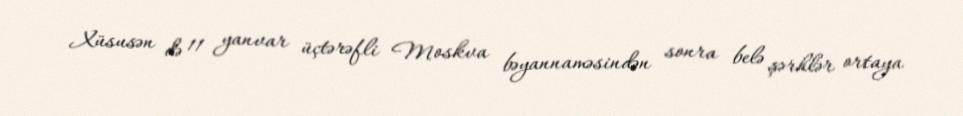
Xüsusən də 11 yanvar üçtərəfli Moskva bəyannaməsindən sonra belə şərhlər ortaya